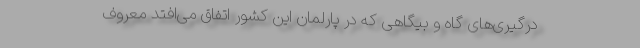
درگیری‌های گاه و بیگاهی که در پارلمان این کشور اتفاق می‌افتد معروف